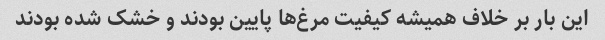
این بار بر خلاف همیشه کیفیت مرغ‌ها پایین بودند و خشک شده بودند